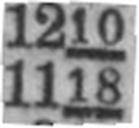
1118